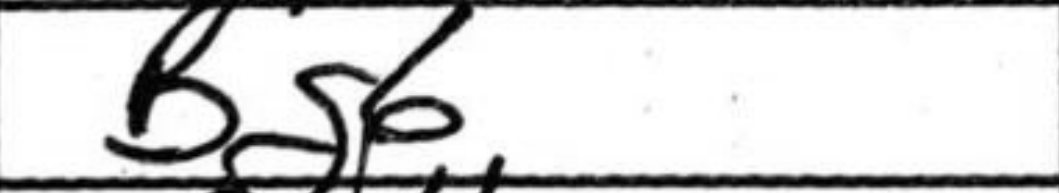
Transcription: Bg6